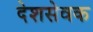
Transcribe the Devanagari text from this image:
देशसेवक